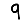
Digit: 9